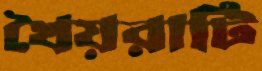
খৈয়রাটি